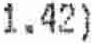
1.42)